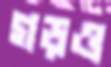
গড়ও